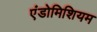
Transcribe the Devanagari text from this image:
एंडोमिशियम